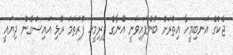
ޖެކްގެ އަނބިމީހާ އިތުރަށް ބުނެފައިވަނީ އޭނާގެ ފިރިމީޙާ ފުރަތަމަ ރުޅި އައިސްގެން ދިޔައީ